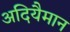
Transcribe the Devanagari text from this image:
अदियैमान